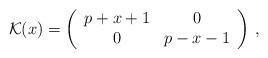
LaTeX: \begin{align*}{\mathcal{K}}(x)=\left(\begin{array}{cc} p+x+1&0\\ 0&p-x-1 \end{array}\right)\,,\end{align*}